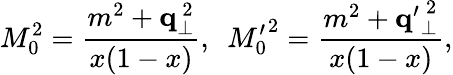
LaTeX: M_{0}^{2}=\frac{m^{2}+{\mathbf q}_{\bot}^{~2}}{x(1-x)},~~{M_{0}^{\prime}}^{2}=\frac{m^{2}+{\mathbf q^{\prime}}_{\bot}^{~2}}{x(1-x)},